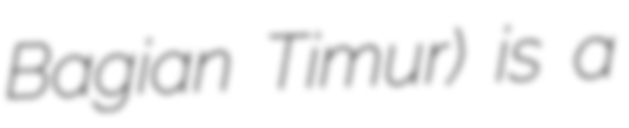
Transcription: Bagian Timur) is a